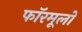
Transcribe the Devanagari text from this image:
फॉरमूलों